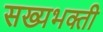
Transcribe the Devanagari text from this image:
सख्यभक्ती